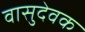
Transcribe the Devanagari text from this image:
वासुदेवक